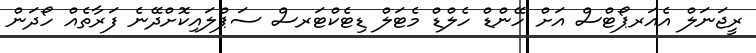
ރީޖަނަލް އެއަރޕޯޓްސް އަށް ހޭންޑް ހެލްޑް މެޓަލް ޑިޓެކްޓަރސް ސަޕްލައިކޮށްދޭނެ ފަރާތެއް ހޯދަން